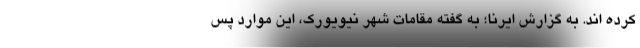
کرده اند. به گزارش ایرنا؛ به گفته مقامات شهر نیویورک، این موارد پس